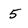
Character: 5